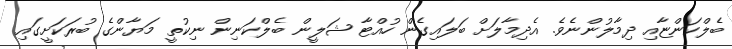
ބެލްކަންޏާއި ދިމާލުންނެވެ. އެދިމާލަށް ބަލައިގެން ހުއްޓާ ޝަލީން ބެލްކަނިން ނިކުތީ މަޔާންގެ ބުރަކަށީގައި